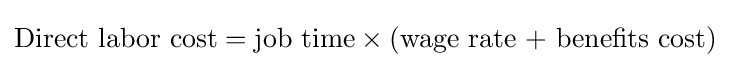
{\text{Direct labor cost}}={\text{job time}}\times {\text{(wage rate + benefits cost)}}